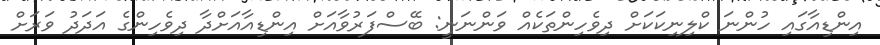
އިންޑިއާގައި ހުންނަ ކްލިނިކަކަށް ދިވެހިންތަކެއް ވަންނަނީ: ބޭސްފަރުވާއަށް އިންޑިއާއަށްދާ ދިވެހިންގެ އަދަދު ވަރަށް